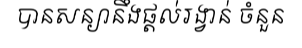
បានសន្យានឹងផ្តល់រង្វាន់ ចំនួន